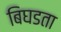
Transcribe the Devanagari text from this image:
बिघडता